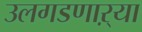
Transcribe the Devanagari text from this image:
उलगडणाऱ्या